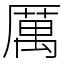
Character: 厲